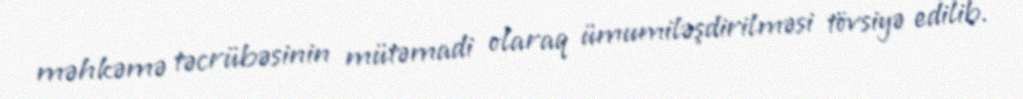
məhkəmə təcrübəsinin mütəmadi olaraq ümumiləşdirilməsi tövsiyə edilib.